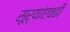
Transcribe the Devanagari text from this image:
सूर्यांएवढी